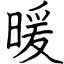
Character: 暖